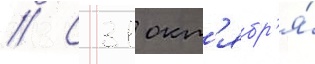
// С 31 окт'ябр'я́